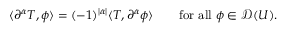
\langle \partial ^ { \alpha } T , \phi \rangle = ( - 1 ) ^ { | \alpha | } \langle T , \partial ^ { \alpha } \phi \rangle \qquad { \mathrm { f o r ~ a l l ~ } } \phi \in { \mathcal { D } } ( U ) .